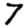
Digit: 7